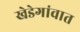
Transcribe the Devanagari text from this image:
खेडेगांवात